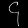
Digit: ၄